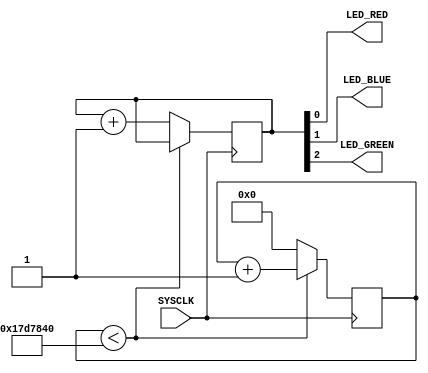
module top(
	input SYSCLK,
	output LED_RED,
	output LED_BLUE,
	output LED_GREEN
	);

	reg [2:0] led_reg;
	reg [32:0] counter;

	assign LED_RED = led_reg[0];
	assign LED_BLUE = led_reg[1];
	assign LED_GREEN = led_reg[2];

	always @(posedge SYSCLK) begin
		if (counter < 25000000)
			counter <= counter + 1;
		else begin
			counter <= 0;
			led_reg <= led_reg + 1;
		end
	end
endmodule